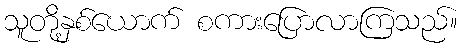
သူတို့နှစ်ယောက် စကားပြောလာကြသည်။